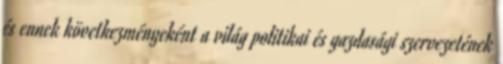
és ennek következményeként a világ politikai és gazdasági szervezetének